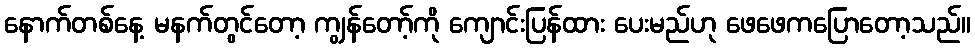
နောက်တစ်နေ့ မနက်တွင်တော့ ကျွန်တော့်ကို ကျောင်းပြန်ထား ပေးမည်ဟု ဖေဖေကပြောတော့သည်။